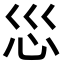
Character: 𫹱